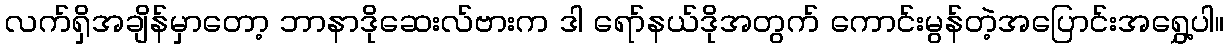
လက်ရှိအချိန်မှာတော့ ဘာနာဒိုဆေးလ်ဗားက ဒါ ရော်နယ်ဒိုအတွက် ကောင်းမွန်တဲ့အပြောင်းအရွှေ့ပါ။